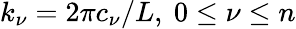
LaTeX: k_{\nu}=2\pi c_{\nu}/L,\ 0\leq\nu\leq n